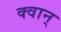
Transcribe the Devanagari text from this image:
क्वान्